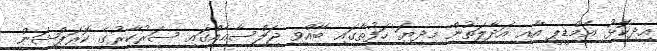
އިދިކޮޅު އެމްޑީޕީ އާއި އަދާލަތުން މިދިޔަ ހަފުތާގައި ބޭއްވި ޖަލްސާއެއްގައި ސަރުކާރުގެ ކޮރަޕްޝަން